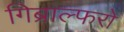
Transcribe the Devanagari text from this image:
गिब्राल्फरो